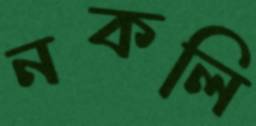
নকলি